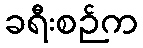
ခရီးစဉ်က